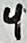
Text: 4